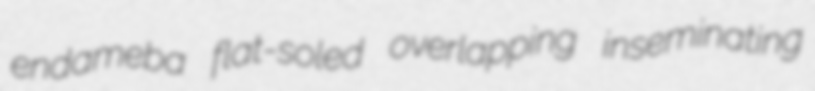
endameba flat-soled overlapping inseminating